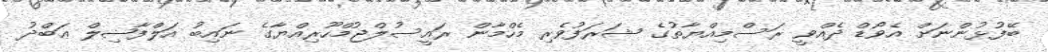
ބޭފުޅުންނަށް އެވޯޑް ދެއްވީ ރަސްމިއްޔާތުގެ ޝަރަފުވެރި މެހްމާން ރައީސުލްޖުމްހޫރިއްޔާގެ ނައިބު އަލްފާޟިލް ޢަބްދު